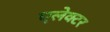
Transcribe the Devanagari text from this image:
एलेक्टर